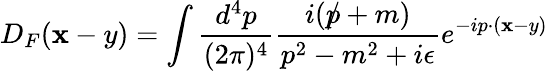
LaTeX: D_{F}(\mathbf{x}-y)=\int{\frac{{d^{4}p}}{{(2\pi)^{4}}}}{\frac{{i({p\! \! \! /}+m)}}{{p^{2}-m^{2}+i\epsilon}}}e^{-ip\cdot(\mathbf{x}-y)}